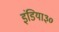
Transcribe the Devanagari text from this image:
इंडिया३०